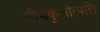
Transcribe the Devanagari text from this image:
नीचकुलोत्पत्ति